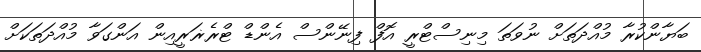
ބަޔާންކުރާ މުއްދަތަށް ނުވަތަ މިނިސްޓްރީ އޮފް ފިނޭންސް އެންޑް ޓްރެޜަރީއިން އަންގަވާ މުއްދަތަކަށް